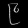
Digit: ၉